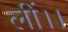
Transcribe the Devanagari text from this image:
लीं।।